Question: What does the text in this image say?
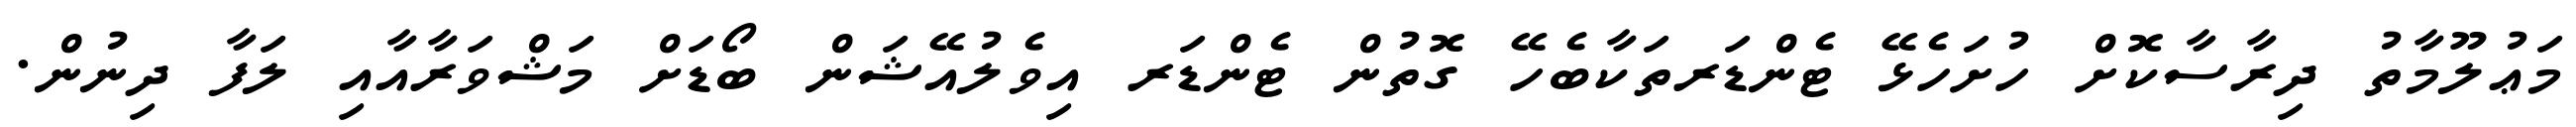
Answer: މަޢުލޫމާތު ދިރާސާކޮށް ހުށަހެޅޭ ޓެންޑަރތަކާބެހޭ ގޮތުން ޓެންޑަރ އިވެލުއޭޝަން ބޯޑަށް މަޝްވަރާއާއި ލަފާ ދިނުން.